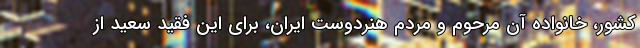
کشور، خانواده آن مرحوم و مردم هنردوست ایران، برای این فقید سعید از